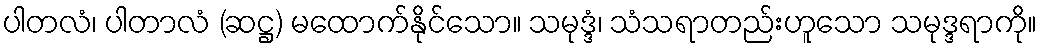
ပါတလံ၊ ပါတာလံ (ဆဋ္ဌ) မထောက်နိုင်သော။ သမုဒ္ဒံ၊ သံသရာတည်းဟူသော သမုဒ္ဒရာကို။